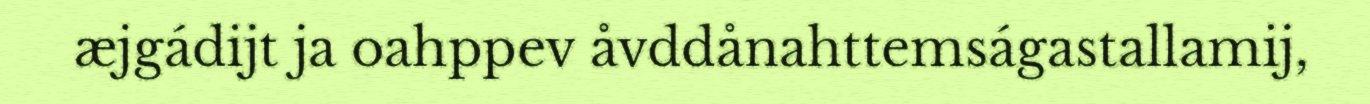
æjgádijt ja oahppev åvddånahttemságastallamij,